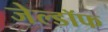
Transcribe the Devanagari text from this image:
जेल्डॉफ